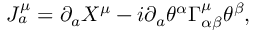
J _ { a } ^ { \mu } = \partial _ { a } X ^ { \mu } - i \partial _ { a } \theta ^ { \alpha } \Gamma _ { \alpha \beta } ^ { \mu } \theta ^ { \beta } ,